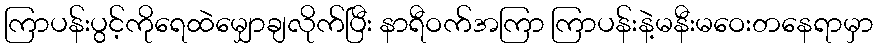
ကြာပန်းပွင့်ကိုရေထဲမျှောချလိုက်ပြီး နာရီဝက်အကြာ ကြာပန်းနဲ့မနီးမဝေးတနေရာမှာ